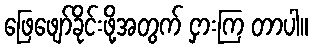
ဖြေဖျော်ခိုင်းဖို့အတွက် ငှားကြ တာပါ။